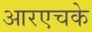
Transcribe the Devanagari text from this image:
आरएचके